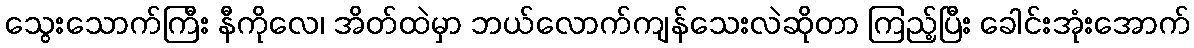
သွေးသောက်ကြီး နီကိုလေ၊ အိတ်ထဲမှာ ဘယ်လောက်ကျန်သေးလဲဆိုတာ ကြည့်ပြီး ခေါင်းအုံးအောက်